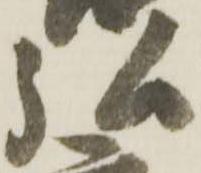
弘